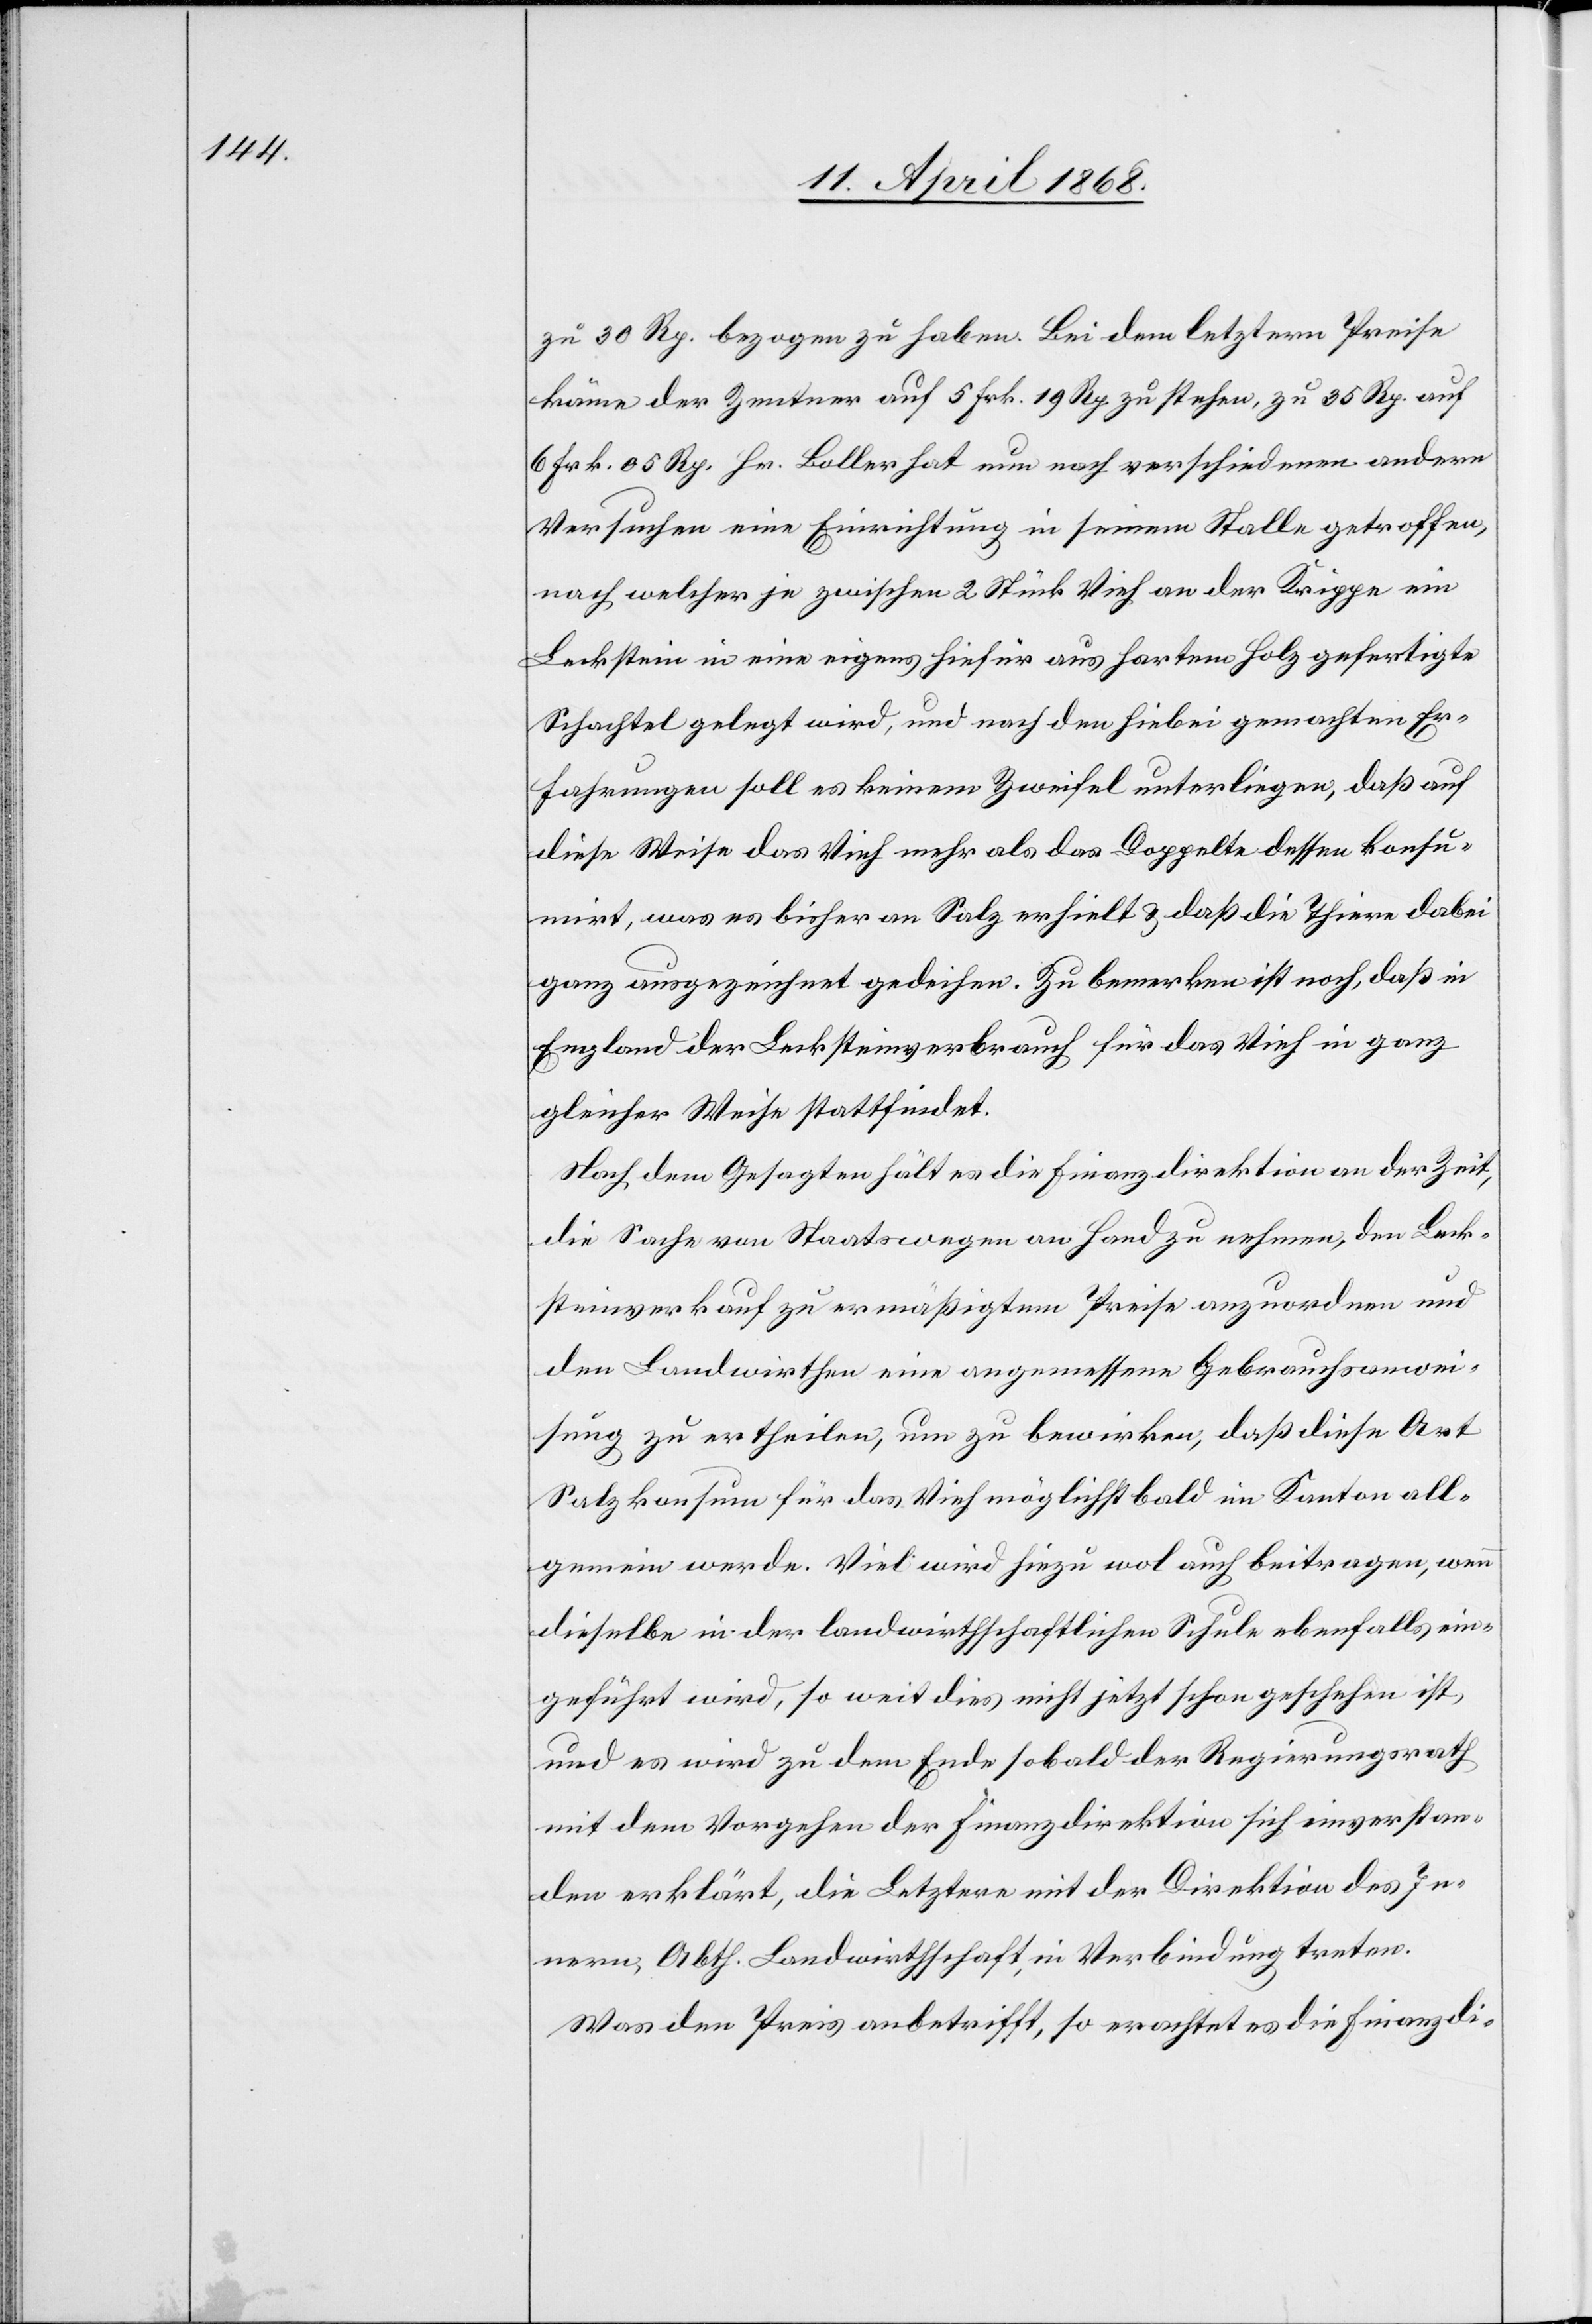
zu 30 Rp. bezogen zu haben. Bei dem letztern Preise
käme der Zentner auf 5 Frk. 19 Rp zu stehen, zu 35 Rp. auf
6 Frk. 05 Rp. Hr. Boller hat nun nach verschiedenen andern
Versuchen eine Einrichtung in seinem Stalle getroffen,
nach welcher je zwischen 2 Stück Vieh an der Krippe ein
Leckstein in eine eigens hiefür aus hartem Holz gefertigte
Schachtel gelegt wird, und nach den hiebei gemachten Er¬
fahrungen soll es keinem Zweifel unterliegen, daß auf
diese Weise das Vieh mehr als das Doppelte dessen konsu¬
mirt, was es bisher an Salz erhielt & daß die Thiere dabei
ganz ausgezeichnet gedeihen. Zu bemerken ist noch, daß in
England der Lecksteinverbrauch für das Vieh in ganz
gleicher Weise stattfindet.
Nach dem Gesagten hält es die Finanzdirektion an der Zeit,
die Sache von Staatswegen an Hand zu nehmen, den Leck¬
steinverkauf zu ermäßigtem Preise anzuordnen und
den Landwirthen eine angemessene Gebrauchsanwei¬
sung zu ertheilen, um zu bewirken, daß diese Art
Salzkonsum für das Vieh möglichst bald im Kanton all¬
gemein werde. Viel wird hiezu wol auch beitragen, wenn
dieselbe in der landwirthschaftlichen Schule ebenfalls ein¬
geführt wird, so weit dies nicht jetzt schon geschehen ist,
und es wird zu dem Ende sobald der Regierungsrath
mit dem Vorgehen der Finanzdirektion sich einverstan¬
den erklärt, die Letztere mit der Direktion des In¬
nern, Abth. Landwirthschaft, in Verbindung treten.
Was den Preis anbetrifft, so erachtet es die Finanzdi-